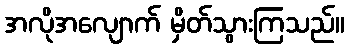
အလိုအလျောက် မှိတ်သွားကြသည်။